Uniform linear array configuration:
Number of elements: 48
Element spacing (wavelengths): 0.75
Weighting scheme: blackman
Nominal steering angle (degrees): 0
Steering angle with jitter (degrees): -0.8263
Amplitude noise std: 0.05
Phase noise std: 0.05

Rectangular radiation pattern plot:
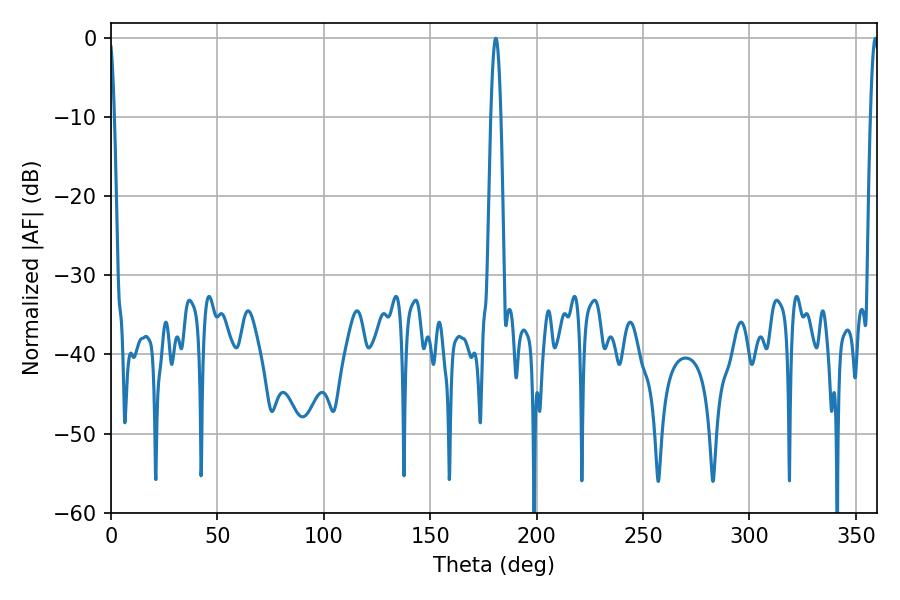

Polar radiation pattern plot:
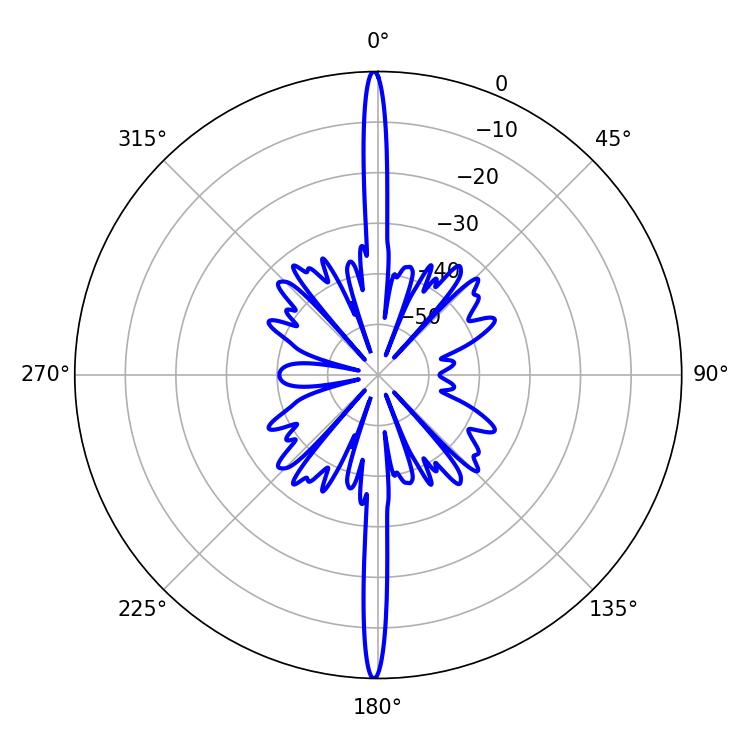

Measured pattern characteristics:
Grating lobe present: TRUE
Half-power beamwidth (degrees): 2.52
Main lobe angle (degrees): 180.9